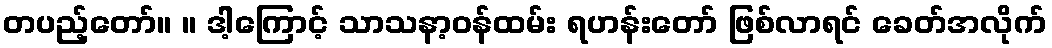
တပည့်တော်။ ။ ဒါ့ကြောင့် သာသနာ့ဝန်ထမ်း ရဟန်းတော် ဖြစ်လာရင် ခေတ်အလိုက်